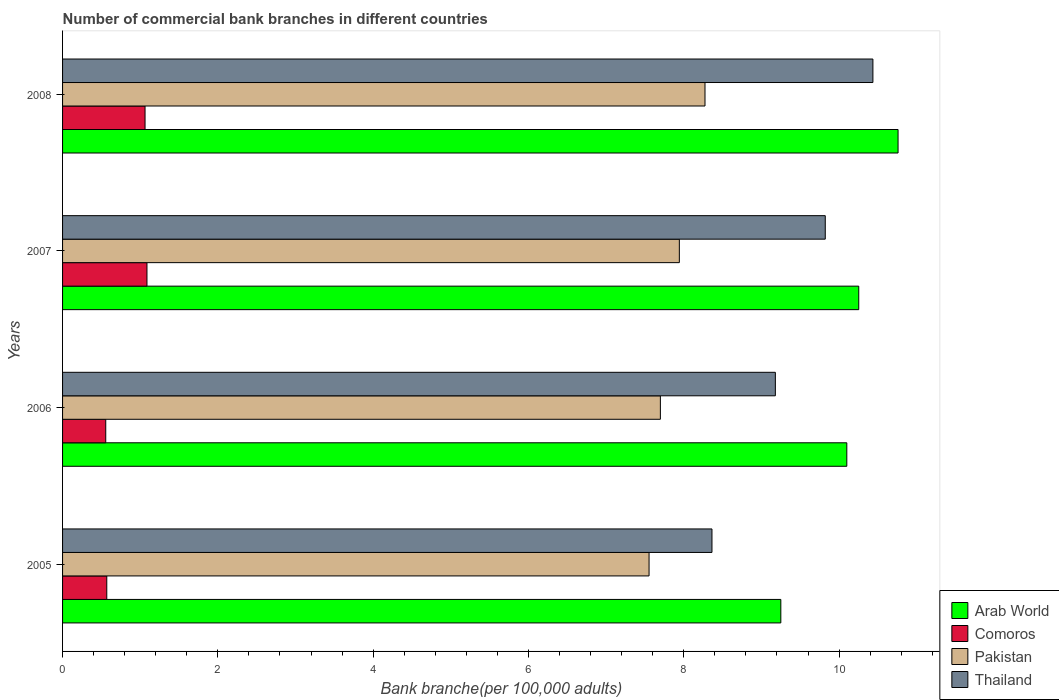
| Years | Arab World | Comoros | Pakistan | Thailand |
 | --- | --- | --- | --- | --- |
 | 2005 | 9.25 | 0.569 | 7.55 | 8.36 |
 | 2006 | 10.1 | 0.556 | 7.7 | 9.18 |
 | 2007 | 10.3 | 1.09 | 7.94 | 9.82 |
 | 2008 | 10.8 | 1.06 | 8.27 | 10.4 |